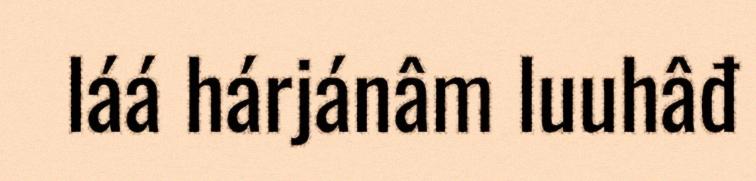
láá hárjánâm luuhâđ